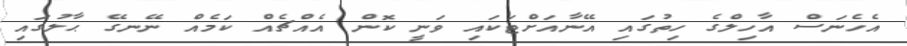
އެހެނަސް އާހިލްގެ ހިތުގައި އޭނާއަށްޓަކައި ވަނީ ކޮން އެއްޗެއް ކަމެއް ނޭނގޭ ޙާލުގައި